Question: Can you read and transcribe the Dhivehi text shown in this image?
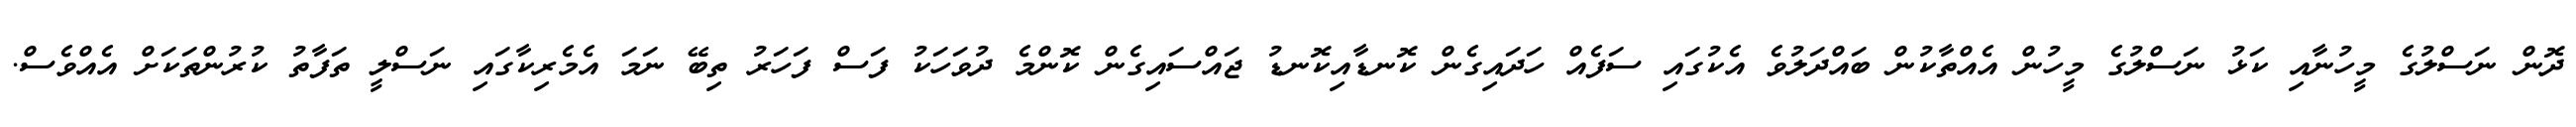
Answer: ދޮން ނަސްލުގެ މީހުނާއި ކަޅު ނަސްލުގެ މީހުން އެއްތާކުން ބައްދަލުވެ އެކުގައި ސަފެއް ހަދައިގެން ކޮނޑާއިކޮނޑު ޖައްސައިގެން ކޮންމެ ދުވަހަކު ފަސް ފަހަރު ތިބޭ ނަމަ އެމެރިކާގައި ނަސްލީ ތަފާތު ކުރުންތަކަށް އެއްވެސް.